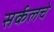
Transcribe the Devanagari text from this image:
सर्कलचे